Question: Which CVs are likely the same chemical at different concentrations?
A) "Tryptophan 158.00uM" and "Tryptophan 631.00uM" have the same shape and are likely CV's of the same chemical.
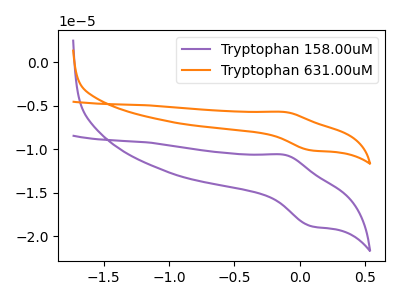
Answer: <think>The purple curve "Tryptophan 158.00uM" has an anodic peak at (-0.10V, -10.65uA) and a cathodic peak at (0.10V, -18.85uA). The orange curve "Tryptophan 631.00uM" has an anodic peak at (-0.10V, -5.70uA) and a cathodic peak at (0.10V, -10.15uA).
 All the peaks in "Tryptophan 158.00uM" have a peak in "Tryptophan 631.00uM" at the same potential.</think>
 <answer>A) "Tryptophan 158.00uM" and "Tryptophan 631.00uM" have the same shape and are likely CV's of the same chemical.</answer>
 <eval>A</eval>